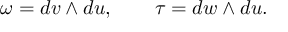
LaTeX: \omega = d v \wedge d u , \quad \quad \tau = d w \wedge d u .